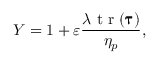
Y = 1 + \varepsilon \frac { \lambda \textnormal { t r } ( \pmb { \uptau } ) } { \eta _ { p } } ,